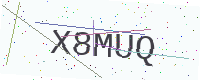
Text: X8MUQ